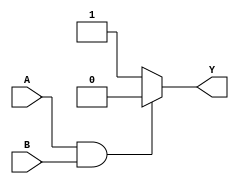
module Behavioural(A,B,Y);
input A,B;
output reg Y;



always @ (A or B) 
 begin
    if(A==1'b1 & B==1'b1)
     begin
        Y=1'b0;
     end
    else
      Y=1'b1;
 end
 
 endmodule